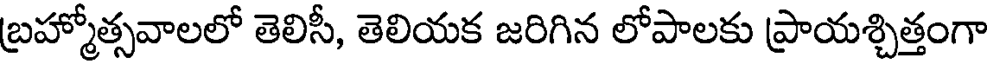
బ్రహ్మోత్సవాలలో తెలిసీ, తెలియక జరిగిన లోపాలకు ప్రాయశ్చిత్తంగా